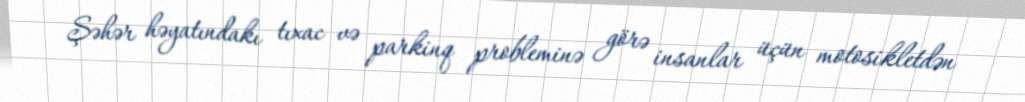
Şəhər həyatındakı tıxac və parkinq probleminə görə insanlar üçün motosikletdən